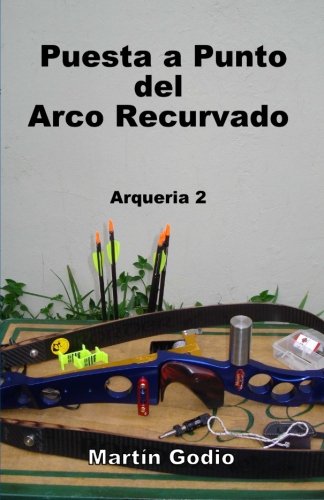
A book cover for Puesta a punto del arco recurvado.: Arqueria 2 (Volume 2) (Spanish Edition); Martin Godio; Sports & Outdoors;